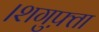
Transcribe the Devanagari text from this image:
।शगुफ़्ता